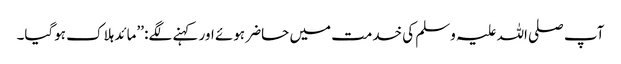
آپ صلی اللہ علیہ وسلم کی خدمت میں حاضر ہوئے اور کہنے لگے: ’’مائد ہلاک ہوگیا۔